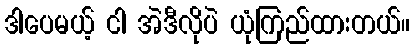
ဒါပေမယ့် ငါ အဲဒီလိုပဲ ယုံကြည်ထားတယ်။